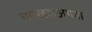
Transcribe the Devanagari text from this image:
चपखलअथवा